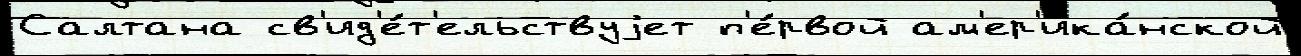
Салтана св'ид'е́т'ельствуjет п'е́рвой ам'ер'ика́нской